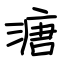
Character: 溏